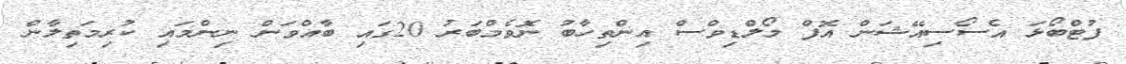
ފުޓްބޯޅަ އެސޯސިއޭޝަން އޮފް މޯލްޑިވްސް އިންތިހާބު ނޮވެމްބަރު 20ގައި ބާއްވަން ނިންމައި ކުރިމަތިލާން